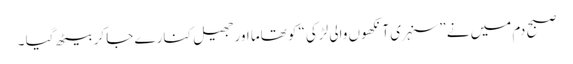
صبح دم میں نے ”سنہری آنکھوں والی لڑکی“ کو تھاما اور جھیل کنارے جا کر بیٹھ گیا ۔